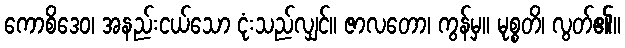
ကောစိဒေဝ၊ အနည်းငယ်သော ငုံးသည်လျှင်။ ဇာလတော၊ ကွန်မှ။ မုစ္စတိ၊ လွတ်၏။